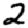
Digit: 2